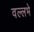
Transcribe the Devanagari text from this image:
वल्लभे